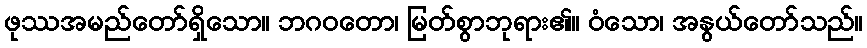
ဖုဿအမည်တော်ရှိသော။ ဘဂဝတော၊ မြတ်စွာဘုရား၏။ ဝံသော၊ အနွယ်တော်သည်။